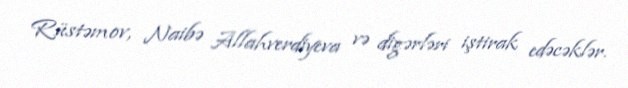
Rüstəmov, Naibə Allahverdiyeva və digərləri iştirak edəcəklər.